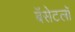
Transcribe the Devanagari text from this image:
बॅसेटलॉ